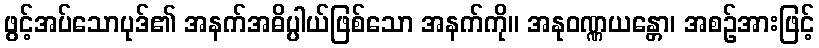
ဖွင့်အပ်သောပုဒ်၏ အနက်အဓိပ္ပါယ်ဖြစ်သော အနက်ကို။ အနုဝဏ္ဏယန္တော၊ အစဉ်အားဖြင့်